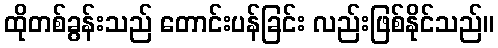
ထိုတစ်ခွန်းသည် တောင်းပန်ခြင်း လည်းဖြစ်နိုင်သည်။